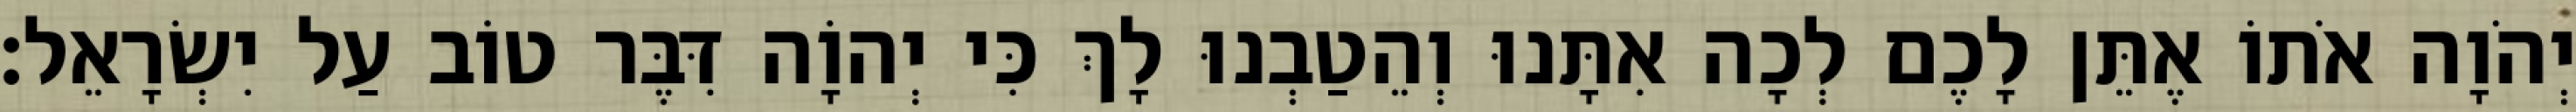
יְהֹוָה אֹתוֹ אֶתֵּן לָכֶם לְכָה אִתָּנוּ וְהֵטַבְנוּ לָךְ כִּי יְהוָֹה דִּבֶּר טוֹב עַל יִשְׂרָאֵל׃